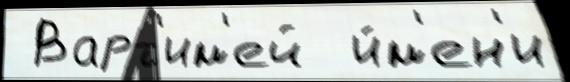
 Варт'им'ей  и́м'ен'и